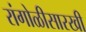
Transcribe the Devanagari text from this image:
रांगोळीसारखी